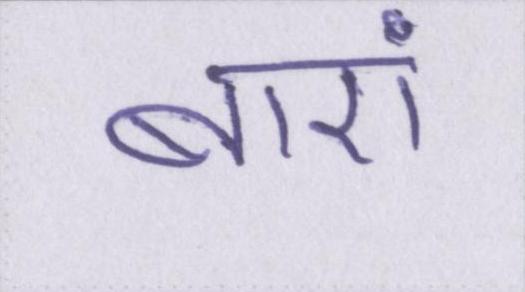
बाएं